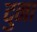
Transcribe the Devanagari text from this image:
दुना